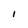
Character: l